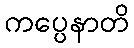
ကပ္ပေနာတိ